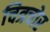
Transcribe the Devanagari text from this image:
चित्रचोर